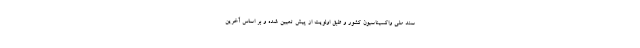
سند ملی واکسیناسیون کشور و طبق اولویت از پیش تعیین شده و بر اساس آخرین